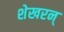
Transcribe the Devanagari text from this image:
शेखरन्